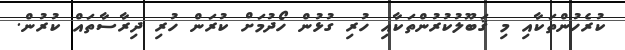
ކުރެހުންތަކާއި މި ޤަބޫލުކުރުންތަކާއި ހުރި ގުޅުން ހޯދުމަށް ކުރަން ހުރި ދިރާސާތައް ކުރުން.